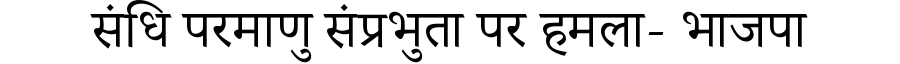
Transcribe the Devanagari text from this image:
संधि परमाणु संप्रभुता पर हमला- भाजपा